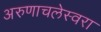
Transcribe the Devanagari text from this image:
अरुणाचलेस्वरा